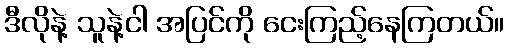
ဒီလိုနဲ့ သူနဲ့ငါ အပြင်ကို ငေးကြည့်နေကြတယ်။